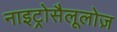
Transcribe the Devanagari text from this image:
नाइट्रोसैलूलोज़